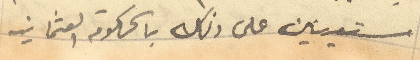
مستعينين على ذلك بالحكومة العثمانيه